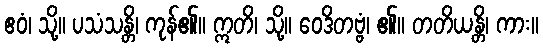
ဧဝံ၊ သို့။ ပသံသန္တိ၊ ကုန်၏။ ဣတိ၊ သို့။ ဝေဒိတဗ္ဗံ၊ ၏။ တတိယန္တိ၊ ကား။